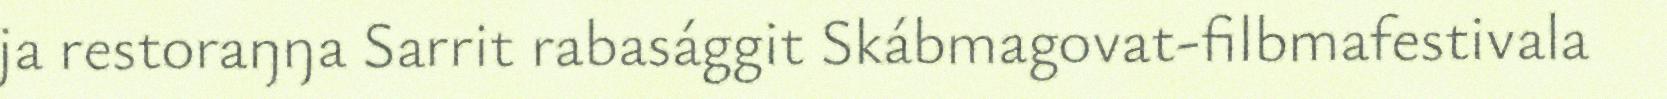
ja restoraŋŋa Sarrit rabasággit Skábmagovat-filbmafestivala